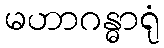
မဟာဂန္ဓာရုံ